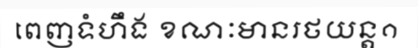
ពេញទំហឹង ខណៈមានរថយន្ត១